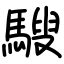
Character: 騪